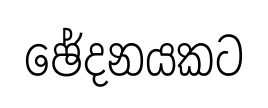
ඡේදනයකට